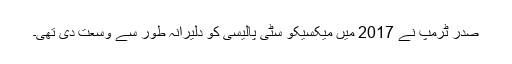
صدر ٹرمپ نے 2017 میں میکسیکو سٹی پالیسی کو دلیرانہ طور سے وسعت دی تھی۔